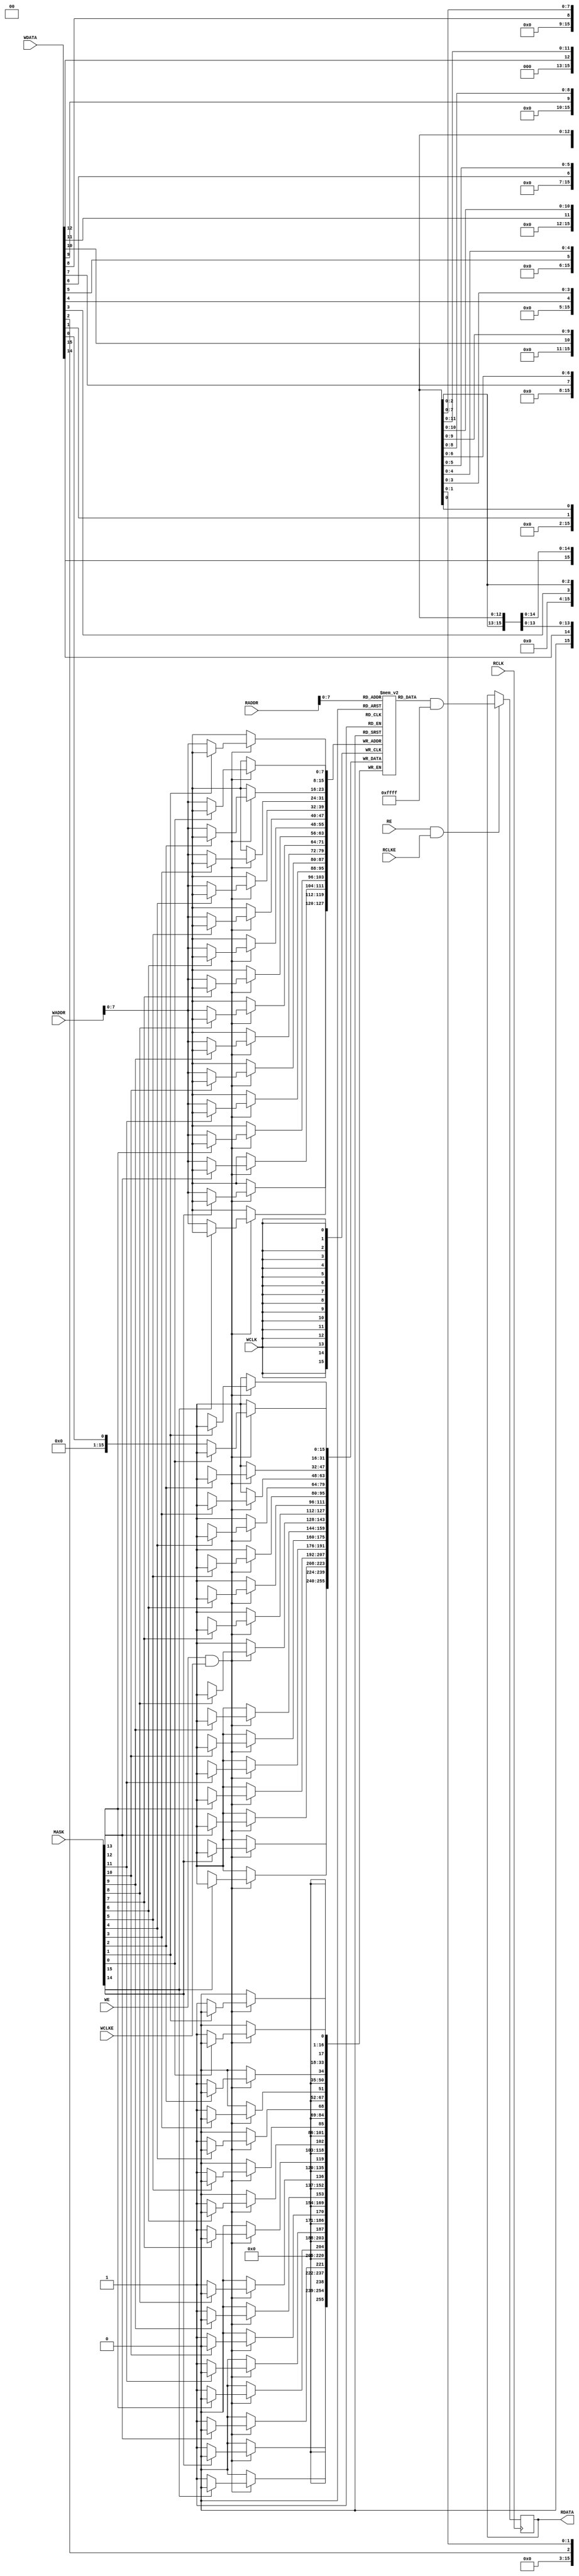
module SB_RAM40_4K (
	output [15:0] RDATA,
	input         RCLK, RCLKE, RE,
	input  [10:0] RADDR,
	input         WCLK, WCLKE, WE,
	input  [10:0] WADDR,
	input  [15:0] MASK, WDATA
);
	// MODE 0:  256 x 16
	// MODE 1:  512 x 8
	// MODE 2: 1024 x 4
	// MODE 3: 2048 x 2
	parameter WRITE_MODE = 0;
	parameter READ_MODE = 0;

	parameter INIT_0 = 256'h0000000000000000000000000000000000000000000000000000000000000000;
	parameter INIT_1 = 256'h0000000000000000000000000000000000000000000000000000000000000000;
	parameter INIT_2 = 256'h0000000000000000000000000000000000000000000000000000000000000000;
	parameter INIT_3 = 256'h0000000000000000000000000000000000000000000000000000000000000000;
	parameter INIT_4 = 256'h0000000000000000000000000000000000000000000000000000000000000000;
	parameter INIT_5 = 256'h0000000000000000000000000000000000000000000000000000000000000000;
	parameter INIT_6 = 256'h0000000000000000000000000000000000000000000000000000000000000000;
	parameter INIT_7 = 256'h0000000000000000000000000000000000000000000000000000000000000000;
	parameter INIT_8 = 256'h0000000000000000000000000000000000000000000000000000000000000000;
	parameter INIT_9 = 256'h0000000000000000000000000000000000000000000000000000000000000000;
	parameter INIT_A = 256'h0000000000000000000000000000000000000000000000000000000000000000;
	parameter INIT_B = 256'h0000000000000000000000000000000000000000000000000000000000000000;
	parameter INIT_C = 256'h0000000000000000000000000000000000000000000000000000000000000000;
	parameter INIT_D = 256'h0000000000000000000000000000000000000000000000000000000000000000;
	parameter INIT_E = 256'h0000000000000000000000000000000000000000000000000000000000000000;
	parameter INIT_F = 256'h0000000000000000000000000000000000000000000000000000000000000000;

`ifndef BLACKBOX
	wire [15:0] WMASK_I;
	wire [15:0] RMASK_I;

	reg  [15:0] RDATA_I;
	wire [15:0] WDATA_I;

	generate
		case (WRITE_MODE)
			0: assign WMASK_I = MASK;

			1: assign WMASK_I = WADDR[   8] == 0 ? 16'b 1010_1010_1010_1010 :
			                    WADDR[   8] == 1 ? 16'b 0101_0101_0101_0101 : 16'bx;

			2: assign WMASK_I = WADDR[ 9:8] == 0 ? 16'b 1110_1110_1110_1110 :
			                    WADDR[ 9:8] == 1 ? 16'b 1101_1101_1101_1101 :
			                    WADDR[ 9:8] == 2 ? 16'b 1011_1011_1011_1011 :
			                    WADDR[ 9:8] == 3 ? 16'b 0111_0111_0111_0111 : 16'bx;

			3: assign WMASK_I = WADDR[10:8] == 0 ? 16'b 1111_1110_1111_1110 :
			                    WADDR[10:8] == 1 ? 16'b 1111_1101_1111_1101 :
			                    WADDR[10:8] == 2 ? 16'b 1111_1011_1111_1011 :
			                    WADDR[10:8] == 3 ? 16'b 1111_0111_1111_0111 :
			                    WADDR[10:8] == 4 ? 16'b 1110_1111_1110_1111 :
			                    WADDR[10:8] == 5 ? 16'b 1101_1111_1101_1111 :
			                    WADDR[10:8] == 6 ? 16'b 1011_1111_1011_1111 :
			                    WADDR[10:8] == 7 ? 16'b 0111_1111_0111_1111 : 16'bx;
		endcase

		case (READ_MODE)
			0: assign RMASK_I = 16'b 0000_0000_0000_0000;

			1: assign RMASK_I = RADDR[   8] == 0 ? 16'b 1010_1010_1010_1010 :
			                    RADDR[   8] == 1 ? 16'b 0101_0101_0101_0101 : 16'bx;

			2: assign RMASK_I = RADDR[ 9:8] == 0 ? 16'b 1110_1110_1110_1110 :
			                    RADDR[ 9:8] == 1 ? 16'b 1101_1101_1101_1101 :
			                    RADDR[ 9:8] == 2 ? 16'b 1011_1011_1011_1011 :
			                    RADDR[ 9:8] == 3 ? 16'b 0111_0111_0111_0111 : 16'bx;

			3: assign RMASK_I = RADDR[10:8] == 0 ? 16'b 1111_1110_1111_1110 :
			                    RADDR[10:8] == 1 ? 16'b 1111_1101_1111_1101 :
			                    RADDR[10:8] == 2 ? 16'b 1111_1011_1111_1011 :
			                    RADDR[10:8] == 3 ? 16'b 1111_0111_1111_0111 :
			                    RADDR[10:8] == 4 ? 16'b 1110_1111_1110_1111 :
			                    RADDR[10:8] == 5 ? 16'b 1101_1111_1101_1111 :
			                    RADDR[10:8] == 6 ? 16'b 1011_1111_1011_1111 :
			                    RADDR[10:8] == 7 ? 16'b 0111_1111_0111_1111 : 16'bx;
		endcase

		case (WRITE_MODE)
			0: assign WDATA_I = WDATA;

			1: assign WDATA_I = {WDATA[14], WDATA[14], WDATA[12], WDATA[12],
			                     WDATA[10], WDATA[10], WDATA[ 8], WDATA[ 8],
			                     WDATA[ 6], WDATA[ 6], WDATA[ 4], WDATA[ 4],
			                     WDATA[ 2], WDATA[ 2], WDATA[ 0], WDATA[ 0]};

			2: assign WDATA_I = {WDATA[13], WDATA[13], WDATA[13], WDATA[13],
			                     WDATA[ 9], WDATA[ 9], WDATA[ 9], WDATA[ 9],
			                     WDATA[ 5], WDATA[ 5], WDATA[ 5], WDATA[ 5],
			                     WDATA[ 1], WDATA[ 1], WDATA[ 1], WDATA[ 1]};

			3: assign WDATA_I = {WDATA[11], WDATA[11], WDATA[11], WDATA[11],
			                     WDATA[11], WDATA[11], WDATA[11], WDATA[11],
			                     WDATA[ 3], WDATA[ 3], WDATA[ 3], WDATA[ 3],
			                     WDATA[ 3], WDATA[ 3], WDATA[ 3], WDATA[ 3]};
		endcase

		case (READ_MODE)
			0: assign RDATA = RDATA_I;
			1: assign RDATA = {1'b0, |RDATA_I[15:14], 1'b0, |RDATA_I[13:12], 1'b0, |RDATA_I[11:10], 1'b0, |RDATA_I[ 9: 8],
			                   1'b0, |RDATA_I[ 7: 6], 1'b0, |RDATA_I[ 5: 4], 1'b0, |RDATA_I[ 3: 2], 1'b0, |RDATA_I[ 1: 0]};
			2: assign RDATA = {2'b0, |RDATA_I[15:12], 3'b0, |RDATA_I[11: 8], 3'b0, |RDATA_I[ 7: 4], 3'b0, |RDATA_I[ 3: 0], 1'b0};
			3: assign RDATA = {4'b0, |RDATA_I[15: 8], 7'b0, |RDATA_I[ 7: 0], 3'b0};
		endcase
	endgenerate

	integer i;
	reg [15:0] memory [0:255];

	initial begin
		for (i=0; i<16; i=i+1) begin
			memory[ 0*16 + i] <= INIT_0[16*i +: 16];
			memory[ 1*16 + i] <= INIT_1[16*i +: 16];
			memory[ 2*16 + i] <= INIT_2[16*i +: 16];
			memory[ 3*16 + i] <= INIT_3[16*i +: 16];
			memory[ 4*16 + i] <= INIT_4[16*i +: 16];
			memory[ 5*16 + i] <= INIT_5[16*i +: 16];
			memory[ 6*16 + i] <= INIT_6[16*i +: 16];
			memory[ 7*16 + i] <= INIT_7[16*i +: 16];
			memory[ 8*16 + i] <= INIT_8[16*i +: 16];
			memory[ 9*16 + i] <= INIT_9[16*i +: 16];
			memory[10*16 + i] <= INIT_A[16*i +: 16];
			memory[11*16 + i] <= INIT_B[16*i +: 16];
			memory[12*16 + i] <= INIT_C[16*i +: 16];
			memory[13*16 + i] <= INIT_D[16*i +: 16];
			memory[14*16 + i] <= INIT_E[16*i +: 16];
			memory[15*16 + i] <= INIT_F[16*i +: 16];
		end
	end

	always @(posedge WCLK) begin
		if (WE && WCLKE) begin
			if (!WMASK_I[ 0]) memory[WADDR[7:0]][ 0] <= WDATA_I[ 0];
			if (!WMASK_I[ 1]) memory[WADDR[7:0]][ 1] <= WDATA_I[ 1];
			if (!WMASK_I[ 2]) memory[WADDR[7:0]][ 2] <= WDATA_I[ 2];
			if (!WMASK_I[ 3]) memory[WADDR[7:0]][ 3] <= WDATA_I[ 3];
			if (!WMASK_I[ 4]) memory[WADDR[7:0]][ 4] <= WDATA_I[ 4];
			if (!WMASK_I[ 5]) memory[WADDR[7:0]][ 5] <= WDATA_I[ 5];
			if (!WMASK_I[ 6]) memory[WADDR[7:0]][ 6] <= WDATA_I[ 6];
			if (!WMASK_I[ 7]) memory[WADDR[7:0]][ 7] <= WDATA_I[ 7];
			if (!WMASK_I[ 8]) memory[WADDR[7:0]][ 8] <= WDATA_I[ 8];
			if (!WMASK_I[ 9]) memory[WADDR[7:0]][ 9] <= WDATA_I[ 9];
			if (!WMASK_I[10]) memory[WADDR[7:0]][10] <= WDATA_I[10];
			if (!WMASK_I[11]) memory[WADDR[7:0]][11] <= WDATA_I[11];
			if (!WMASK_I[12]) memory[WADDR[7:0]][12] <= WDATA_I[12];
			if (!WMASK_I[13]) memory[WADDR[7:0]][13] <= WDATA_I[13];
			if (!WMASK_I[14]) memory[WADDR[7:0]][14] <= WDATA_I[14];
			if (!WMASK_I[15]) memory[WADDR[7:0]][15] <= WDATA_I[15];
		end
	end

	always @(posedge RCLK) begin
		if (RE && RCLKE) begin
			RDATA_I <= memory[RADDR[7:0]] & ~RMASK_I;
		end
	end
`endif
endmodule